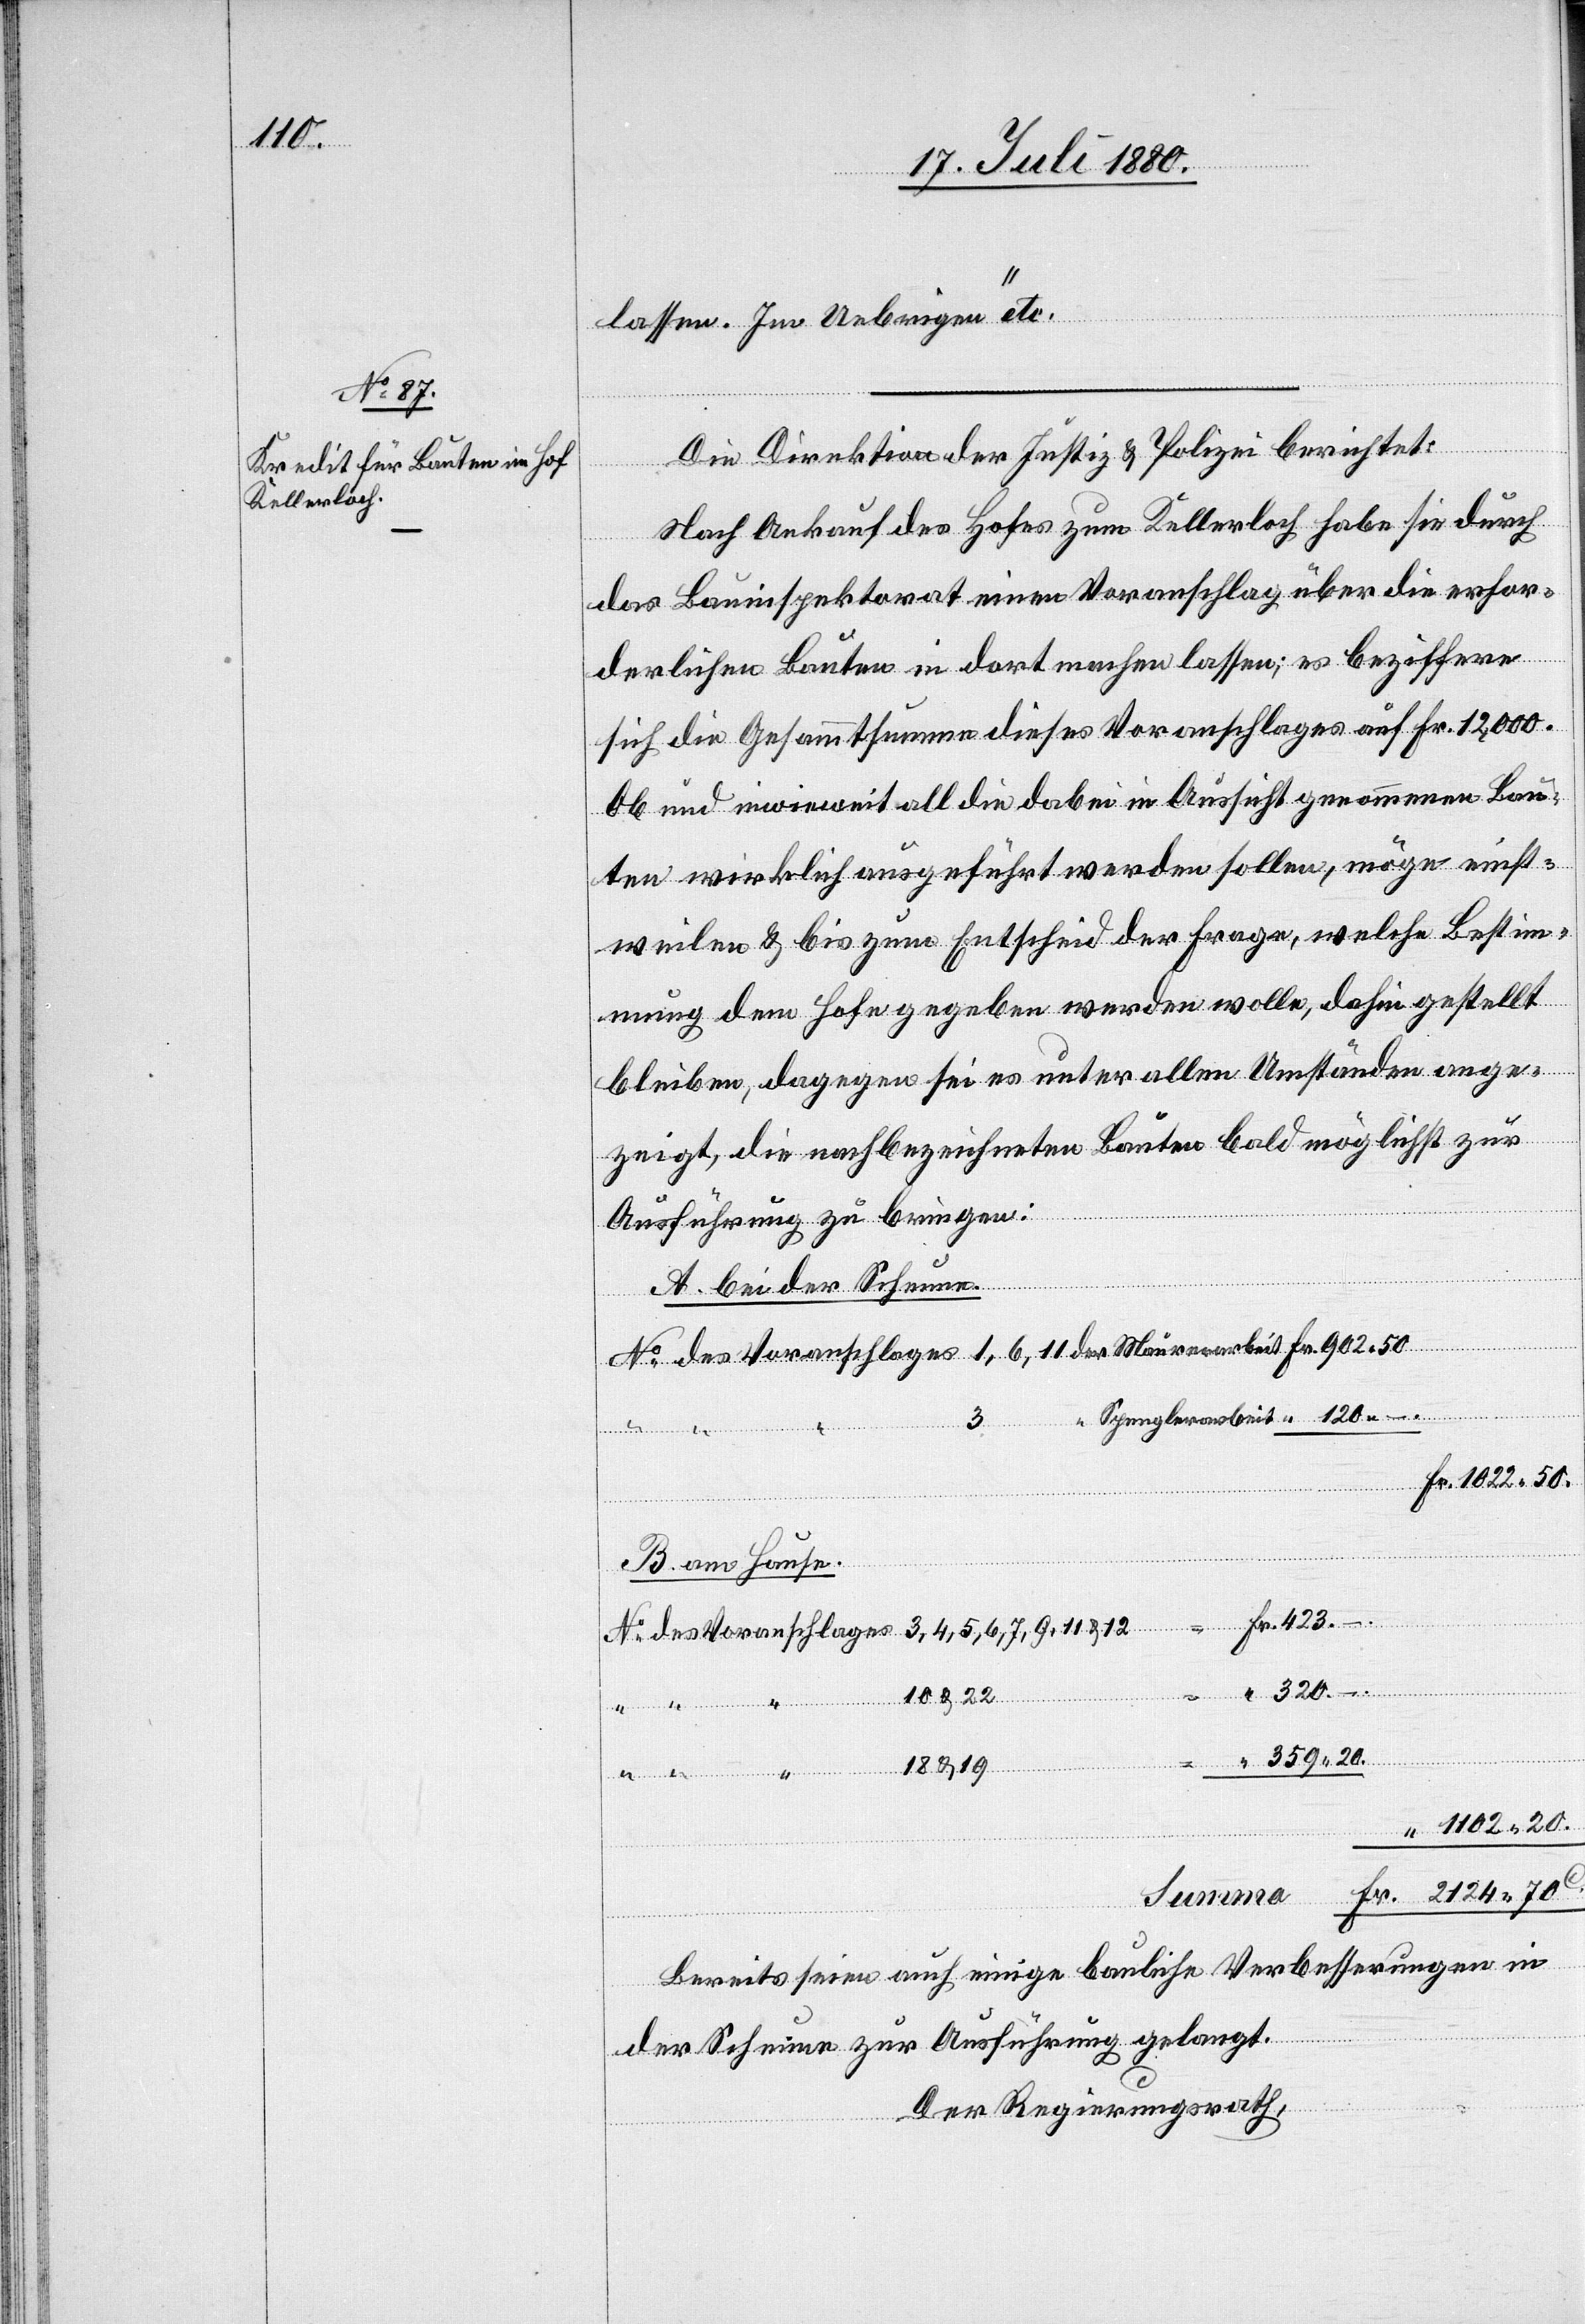
120.–.

4,
lassen. Im Uebrigen“ etc.
rarbeit
Die Direktion der Justiz & Polizei berichtet:
Spengle¬
Nach Ankauf des Hofes zum Kellerloch haben Sie durch
20.
das Bauinspektorat einen Voranschlag über die erfor¬
derlichen Bauten in dort machen lassen; es beziffern
sich die Gesammtsumme dieses Voranschlages auf Fr. 12,000.
Ob und inwieweit all die dabei in Aussicht genommenen Bau¬
ten wirklich ausgeführt werden sollen, möge einst¬
weilen & bis zum Entscheid der Frage, welche Bestim¬
mung dem Hofe gegeben werden wolle, dahin gestellt
bleiben, dagegen sei es unter allen Umständen ange¬
Fr.
zeigt, die nachbezeichneten Bauten bald möglichst zur
Ausführung zu bringen:
A. bei der Scheune.
Fr. 1022 50.
des
B. am Hause.
Mau¬
10 & 22
“
18 & 19
1102 20.
Summa
Bereits seien auch einige bauliche Verbesserungen in
der Scheune zur Ausführung gelangt.
Der Regierungsrath,